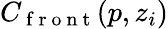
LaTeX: C_{\mathrm{~f~r~o~n~t~}}(p,z_{i})